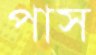
পাস